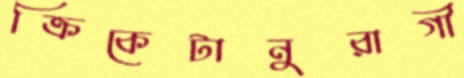
ক্রিকেটানুরাগী